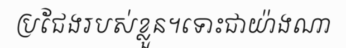
ប្រជែងរបស់ខ្លួន។ទោះជាយ៉ាងណា